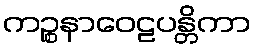
ကဉ္စနာဝေဠပန္တိကာ